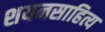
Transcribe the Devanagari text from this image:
शयनसाहित्य